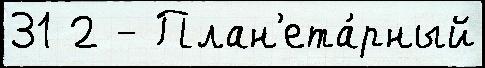
31 2 - План'ета́рный